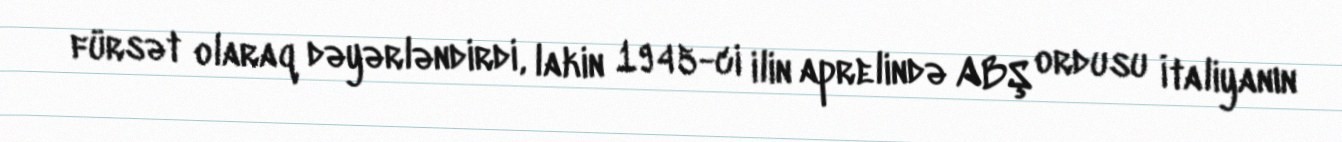
fürsət olaraq dəyərləndirdi, lakin 1945-ci ilin aprelində ABŞ ordusu İtaliyanın